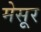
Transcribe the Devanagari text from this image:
मेसूर